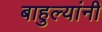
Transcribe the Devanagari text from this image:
बाहुल्यांनी